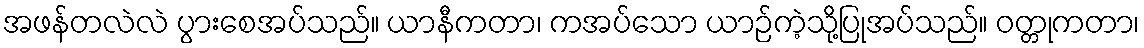
အဖန်တလဲလဲ ပွားစေအပ်သည်။ ယာနီကတာ၊ ကအပ်သော ယာဉ်ကဲ့သို့ပြုအပ်သည်။ ဝတ္တုကတာ၊